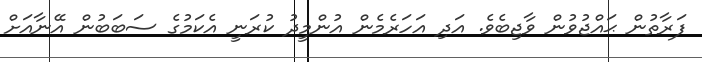
ފަރާތުން ޙައްޖުވުން ވާޖިބެވެ. އަދި އަހަރެމެން އުންމީދު ކުރަނީ އެކަމުގެ ސަބަބުން އޭނާއަށް